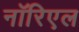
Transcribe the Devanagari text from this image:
नॉरिएल